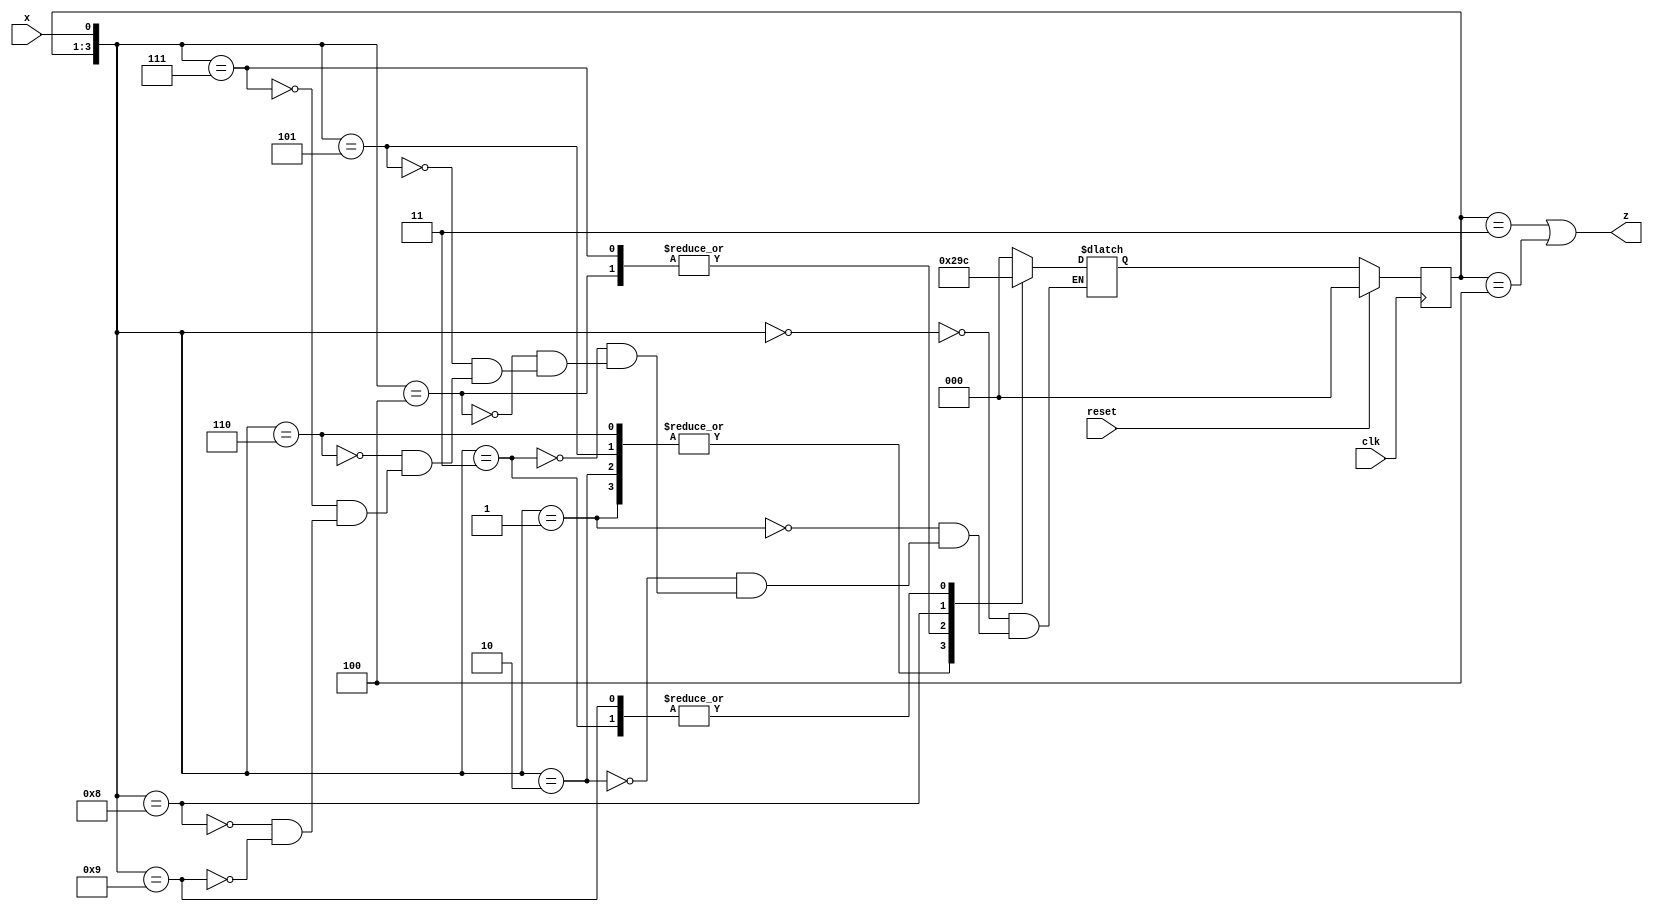
module top_module (
    input clk,
    input reset,   // Synchronous reset
    input x,
    output z
);

    parameter y0=3'd0, y1=3'd1, y2=3'd2, y3=3'd3, y4=3'd4;
    reg [2:0]	state, next_state;
    always@(*) begin
        case({state, x})
            {y0, 1'b0}:	next_state = y0;
            {y0, 1'b1}:	next_state = y1;
            {y1, 1'b0}:	next_state = y1;
            {y1, 1'b1}:	next_state = y4;
            {y2, 1'b0}:	next_state = y2;
            {y2, 1'b1}:	next_state = y1;
            {y3, 1'b0}:	next_state = y1;
            {y3, 1'b1}:	next_state = y2;
            {y4, 1'b0}:	next_state = y3;
            {y4, 1'b1}:	next_state = y4;
        endcase
    end
    
    always@(posedge clk) begin
        if(reset)
            state <= y0;
        else
            state <= next_state;
    end
    
    assign z = (state == y3 || state == y4);
    
endmodule